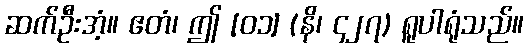
ဆက်ဦးအံ့။ ဧတံ၊ ဤ [၀၁] (နိ၊ ၄၂၇) ရူပါရုံသည်။